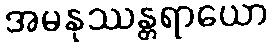
အမနုဿန္တရာယော